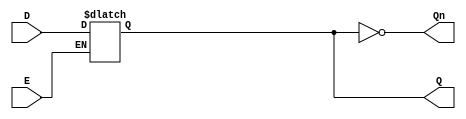
module LatchRegister (
    input wire D,     // Data input
    input wire E,     // Enable signal
    output reg Q,     // Output Q
    output wire Qn    // Output Q' (complement of Q)
);

    // Assign the complement of Q to Qn
    assign Qn = ~Q;

    // Always block for latch functionality
    always @(*) begin
        if (E) begin
            Q = D;  // Capture data when enable is high
        end
        // When E is low, Q retains its previous value (latch behavior)
    end

endmodule